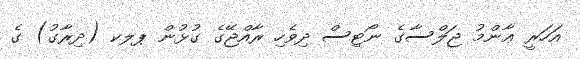
އަހަރީ ޢާންމު ޖަލްސާގެ ނޯޓިސް ދިވެހި ރާއްޖޭގެ ގުޅުން ޕލކ (ދިރާގު) ގެ